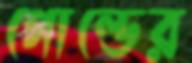
গোল্ডের